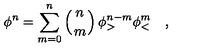
\phi ^ { n } = \sum _ { m = 0 } ^ { n } \left( { n \atop m } \right) \phi _ { > } ^ { n - m } \phi _ { < } ^ { m } \quad ,